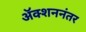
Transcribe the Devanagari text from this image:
अॅक्शननंतर